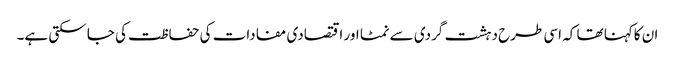
ان کاکہنا تھا کہ اسی طرح دہشت گردی سے نمٹا اور اقتصادی مفادات کی حفاظت کی جا سکتی ہے۔